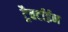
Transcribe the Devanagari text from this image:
ट्रैवर्टाईन